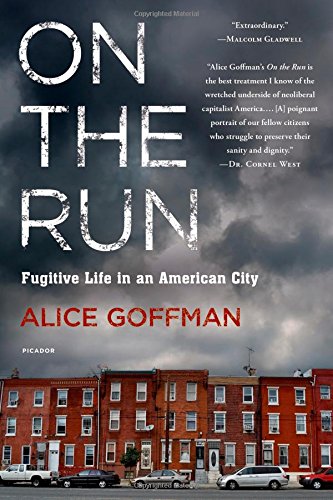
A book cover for On the Run: Fugitive Life in an American City; Alice Goffman; Politics & Social Sciences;